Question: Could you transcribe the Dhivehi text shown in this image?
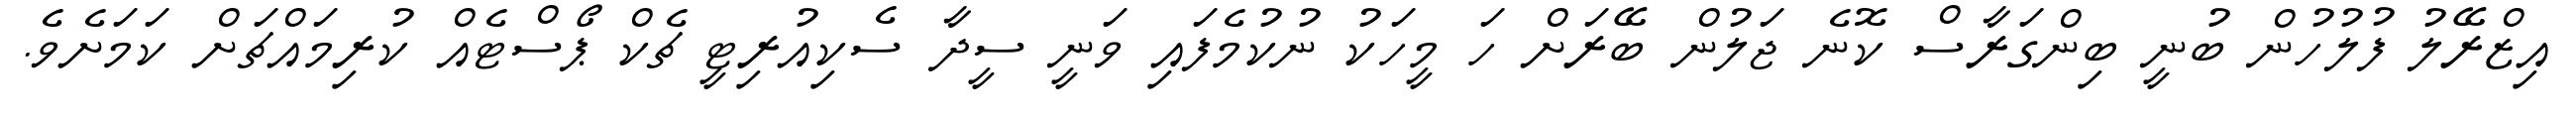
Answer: އިޒްރޭލު ފުލުހުން ބުނީ ބިންގަރާސް ކޮނެ ޖަލުން ބޭރަށް ހަ މީހަކު ނުކުމެފައި ވަނީ ސީދާ ސެކިއުރިޓީ ޗެކް ޕޯސްޓެއް ކުރިމައްޗަށް ކަމަށެވެ.